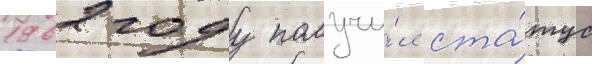
1962 году получи́л ста́тус